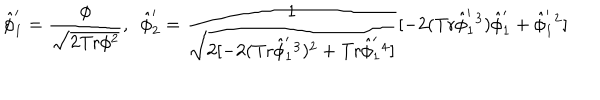
\hat { \phi } _ { 1 } ^ { \prime } = \frac { \phi } { \sqrt { 2 \mathrm { T r } \phi ^ { 2 } } } , \ \ \hat { \phi } _ { 2 } ^ { \prime } = \frac { 1 } { \sqrt { 2 [ - 2 ( \mathrm { T r } \hat { \phi } _ { 1 } ^ { \prime } { } ^ { 3 } ) ^ { 2 } + \mathrm { T r } \hat { \phi } _ { 1 } ^ { \prime } { } ^ { 4 } ] } } [ - 2 ( \mathrm { T r } \hat { \phi } _ { 1 } ^ { \prime } { } ^ { 3 } ) \hat { \phi } _ { 1 } ^ { \prime } + \hat { \phi } _ { 1 } ^ { \prime } { } ^ { 2 } ]